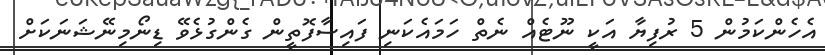
އެހެންކަމުން 5 ރުފިޔާ އަކީ ނޫޓެއް ނެތް ހަމައެކަނި ފައިސާފޮތީން ގެންގުޅެވޭ ޑިނޯމިނޭޝަނަކަށް